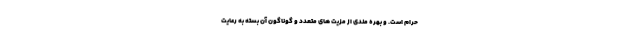
حرام است. و بهره مندی از مزیت های متعدد و گوناگون آن بسته به رعایت